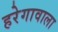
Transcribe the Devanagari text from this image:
हरेगावाला